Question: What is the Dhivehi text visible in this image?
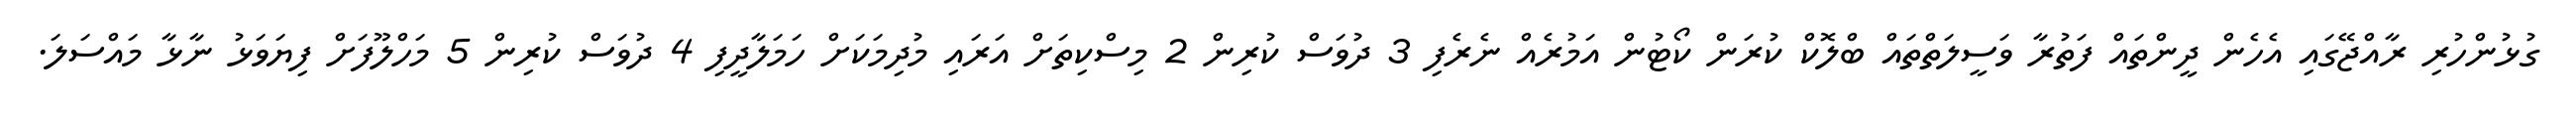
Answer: ގުޅުންހުރި ރާއްޖޭގައި އެހެން ދީންތައް ފަތުރާ ވަސީލަތްތައް ބްލޮކް ކުރަން ކޯޓުން އަމުރެއް ނެރެފި 3 ދުވަސް ކުރިން 2 މިސްކިތަށް އަރައި މުދިމަކަށް ހަމަލާދީފި 4 ދުވަސް ކުރިން 5 މަހްލޫފަށް ފިޔަވަޅު ނާޅާ މައްސަލަ.